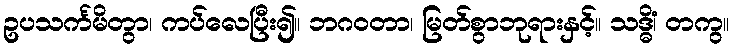
ဥပသင်္ကမိတွာ၊ ကပ်လေပြီး၍။ ဘဂဝတာ၊ မြတ်စွာဘုရားနှင့်။ သဒ္ဓိံ၊ တကွ။